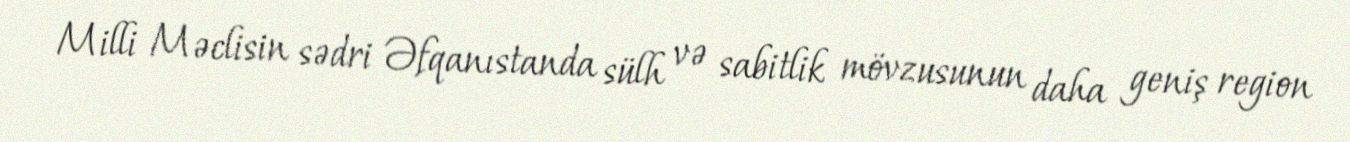
Milli Məclisin sədri Əfqanıstanda sülh və sabitlik mövzusunun daha geniş region